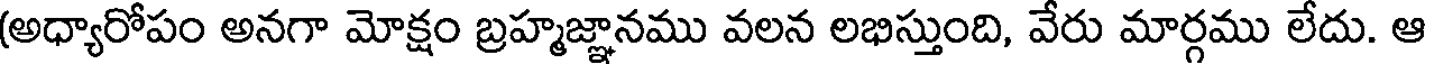
(అధ్యారోపం అనగా మోక్షం బ్రహ్మజ్ఞానము వలన లభిస్తుంది, వేరు మార్గము లేదు. ఆ